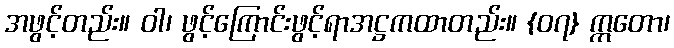
အဖွင့်တည်း။ ဝါ၊ ဖွင့်ကြောင်းဖွင့်ရာအဋ္ဌကထာတည်း။ {၀၇} ဣတော၊